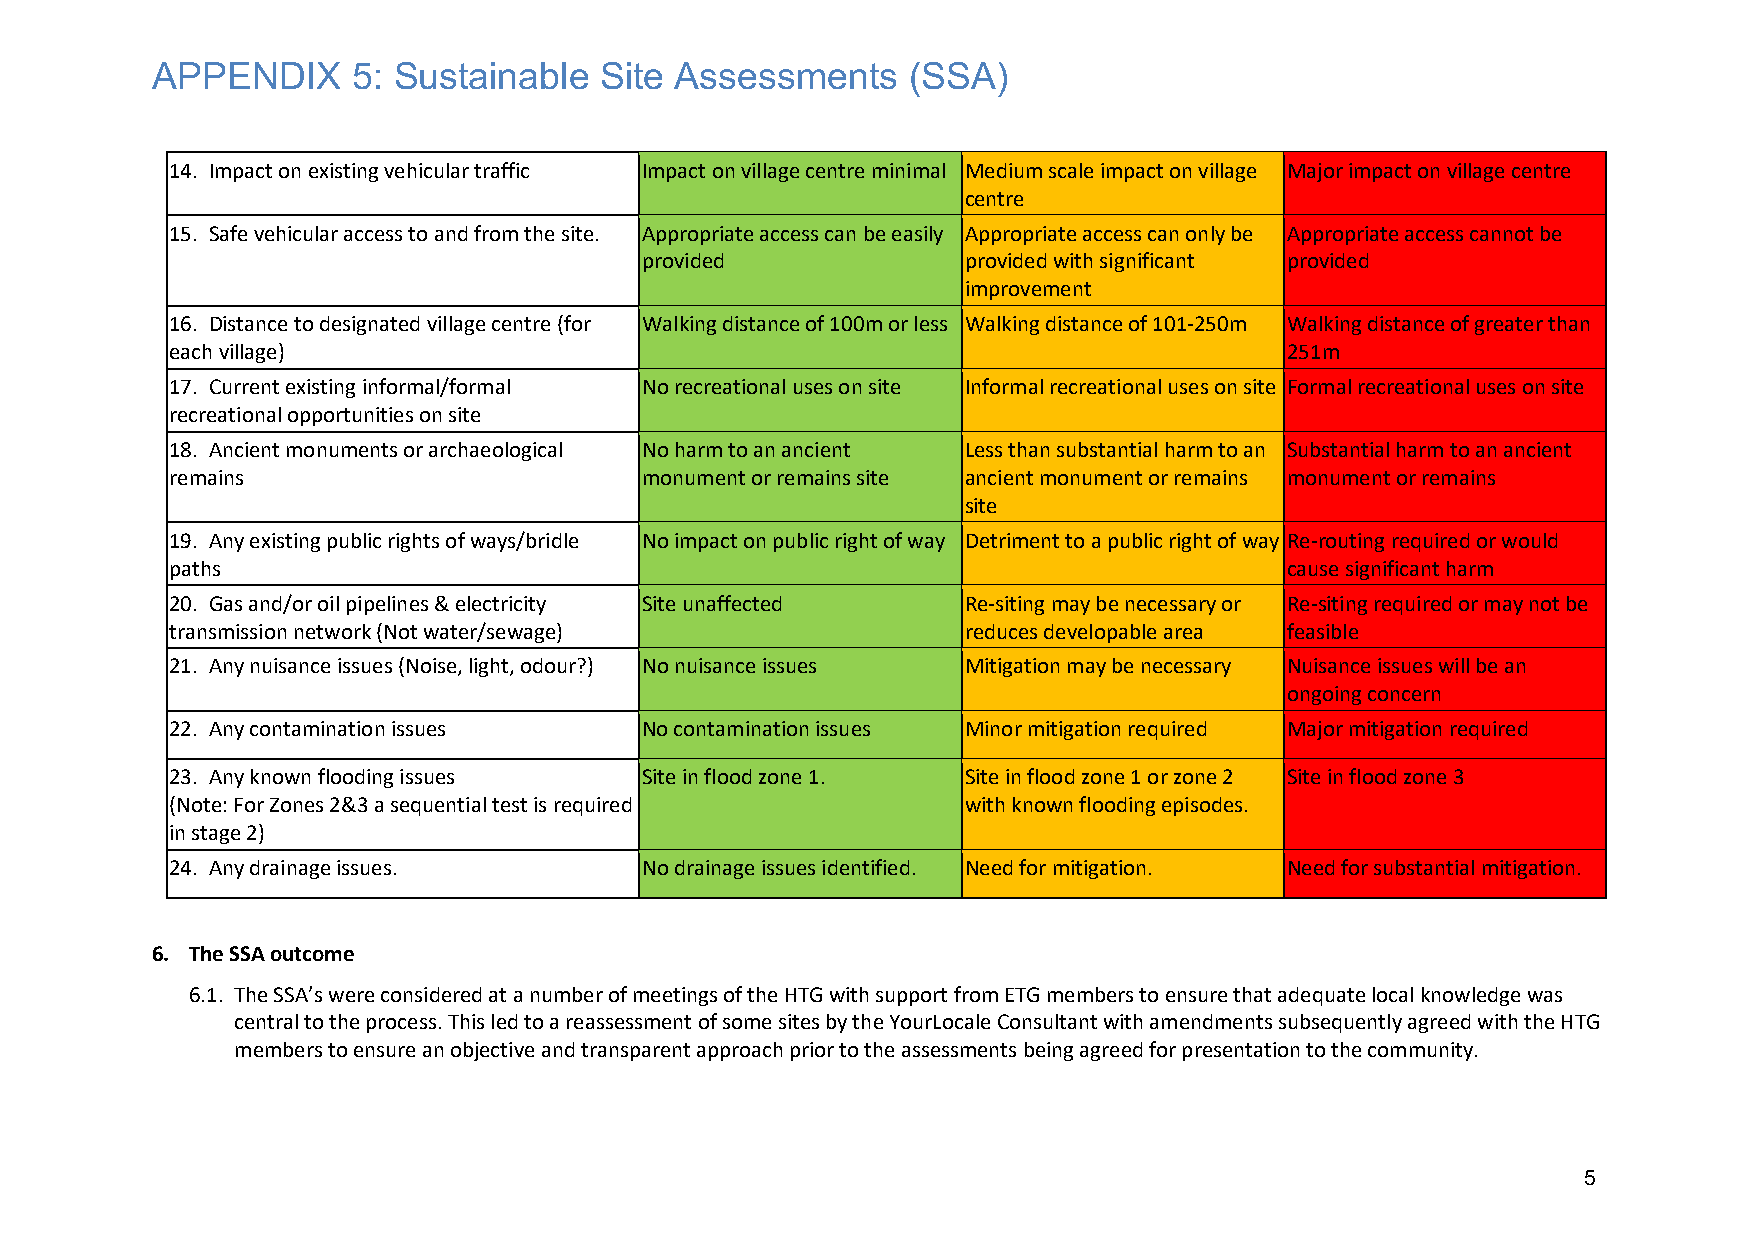
APPENDIX     5: Sustainable   Site Assessments    (SSA)
 14. Impact on existing vehicular traffic Impact on village centre minimal Medium scale impact on village Major impact on village centre
 centre
 15. Safe vehicular access to and from the site. Appropriate access can be easily Appropriate access can only be Appropriate access cannot be
 provided              provided with significant provided
 improvement
 16. Distance to designated village centre (for Walking distance of 100m or less Walking distance of 101-250m Walking distance of greater than
 each village)                                                             251m
 17. Current existing informal/formal No recreational uses on site Informal recreational uses on site Formal recreational uses on site
 recreational opportunities on site
 18. Ancient monuments or archaeological No harm to an ancient Less than substantial harm to an Substantial harm to an ancient
 remains                        monument or remains site ancient monument or remains monument or remains
 site
 19. Any existing public rights of ways/bridle No impact on public right of way Detriment to a public right of way Re-routing required or would
 paths                                                                     cause significant harm
 20. Gas and/or oil pipelines & electricity Site unaffected Re-siting may be necessary or Re-siting required or may not be
 transmission network (Not water/sewage)              reduces developable area feasible
 21. Any nuisance issues (Noise, light, odour?) No nuisance issues Mitigation may be necessary Nuisance issues will be an
 ongoing concern
 22. Any contamination issues   No contamination issues Minor mitigation required Major mitigation required
 23. Any known flooding issues  Site in flood zone 1. Site in flood zone 1 or zone 2 Site in flood zone 3
 (Note: For Zones 2&3 a sequential test is required   with known flooding episodes.
 in stage 2)
 24. Any drainage issues.       No drainage issues identified. Need for mitigation. Need for substantial mitigation.
 6. The SSA outcome
 6.1. The SSA’s were considered at a number of meetings of the HTG with support from ETG members to ensure that adequate local knowledge was
 central to the process. This led to a reassessment of some sites by the YourLocale Consultant with amendments subsequently agreed with the HTG
 members to ensure an objective and transparent approach prior to the assessments being agreed for presentation to the community.
 5